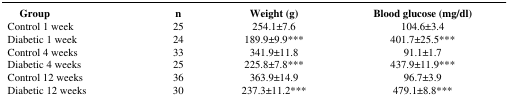
<table><thead><tr><td><b>Group</b></td><td><b>n</b></td><td><b>Weight (g)</b></td><td><b>Blood glucose (mg/dl)</b></td></tr></thead><tbody><tr><td>Control 1 week</td><td>25</td><td>254.1±7.6</td><td>104.6±3.4</td></tr><tr><td>Diabetic 1 week</td><td>24</td><td>189.9±9.9***</td><td>401.7±25.5***</td></tr><tr><td>Control 4 weeks</td><td>33</td><td>341.9±11.8</td><td>91.1±1.7</td></tr><tr><td>Diabetic 4 weeks</td><td>25</td><td>225.8±7.8***</td><td>437.9±11.9***</td></tr><tr><td>Control 12 weeks</td><td>36</td><td>363.9±14.9</td><td>96.7±3.9</td></tr><tr><td>Diabetic 12 weeks</td><td>30</td><td>237.3±11.2***</td><td>479.1±8.8***</td></tr></tbody></table>